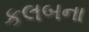
કલબના